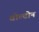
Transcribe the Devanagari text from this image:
वोल्टोन